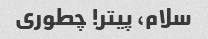
سلام، پیتر! چطوری